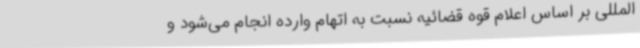
المللی بر اساس اعلام قوه قضائیه نسبت به اتهام وارده انجام می‌شود و